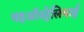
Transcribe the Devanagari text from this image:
वहऑस्ट्रेलियाई